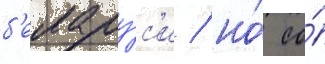
б'елару́с'и / но́ со́